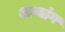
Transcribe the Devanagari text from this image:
शन्यांग